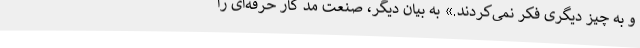
و به چیز دیگری فکر نمی‌کردند.» به بیان دیگر، صنعت مد کار حرفه‌ای را